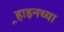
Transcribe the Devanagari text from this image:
र्‍हाइनच्या